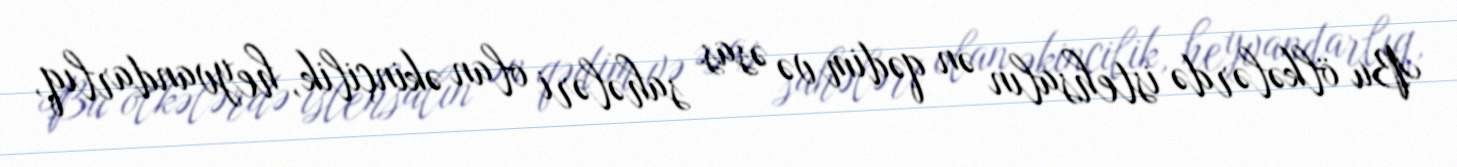
Bu ölkələrdə istehsalın ən qədim və əsas sahələri olan əkinçilik, heyvandarlıq,